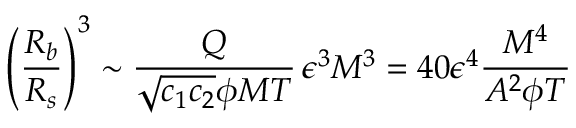
\left( \frac { R _ { b } } { R _ { s } } \right) ^ { 3 } \sim \frac { Q } { \sqrt { c _ { 1 } c _ { 2 } } \phi M T } \, \epsilon ^ { 3 } M ^ { 3 } = 4 0 \epsilon ^ { 4 } \frac { M ^ { 4 } } { A ^ { 2 } \phi T }